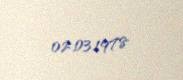
02.03.1978